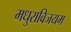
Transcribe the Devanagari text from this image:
मधुराविजयम